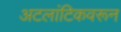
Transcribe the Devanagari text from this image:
अटलांटिकवरून